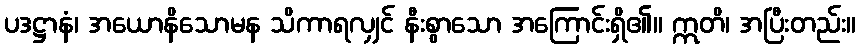
ပဒဋ္ဌာနံ၊ အယောနိသောမန သိကာရလျှင် နီးစွာသော အကြောင်းရှိ၏။ ဣတိ၊ အပြီးတည်း။